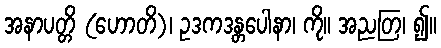
အနာပတ္တိ (ဟောတိ)၊ ဥဒကဒန္တပေါနာ၊ ကို။ အညတြ၊ ၍။